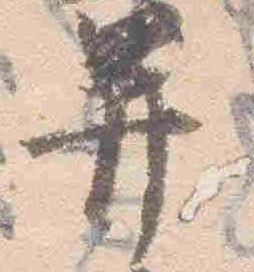
并